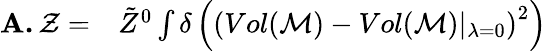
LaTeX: \begin{array}{rl}{\textbf{A.}\, \mathcal{Z}=}&{{}\tilde{Z}^{0}\int\delta\left(\left(Vol(\mathcal{M})-Vol(\mathcal{M})\vert_{\lambda=0}\right)^{2}\right)}\end{array}